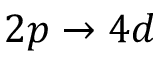
2 p \rightarrow 4 d